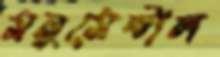
মনুমেন্টাল